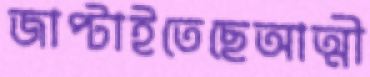
জাপ্‌টাইতেছেআত্মী